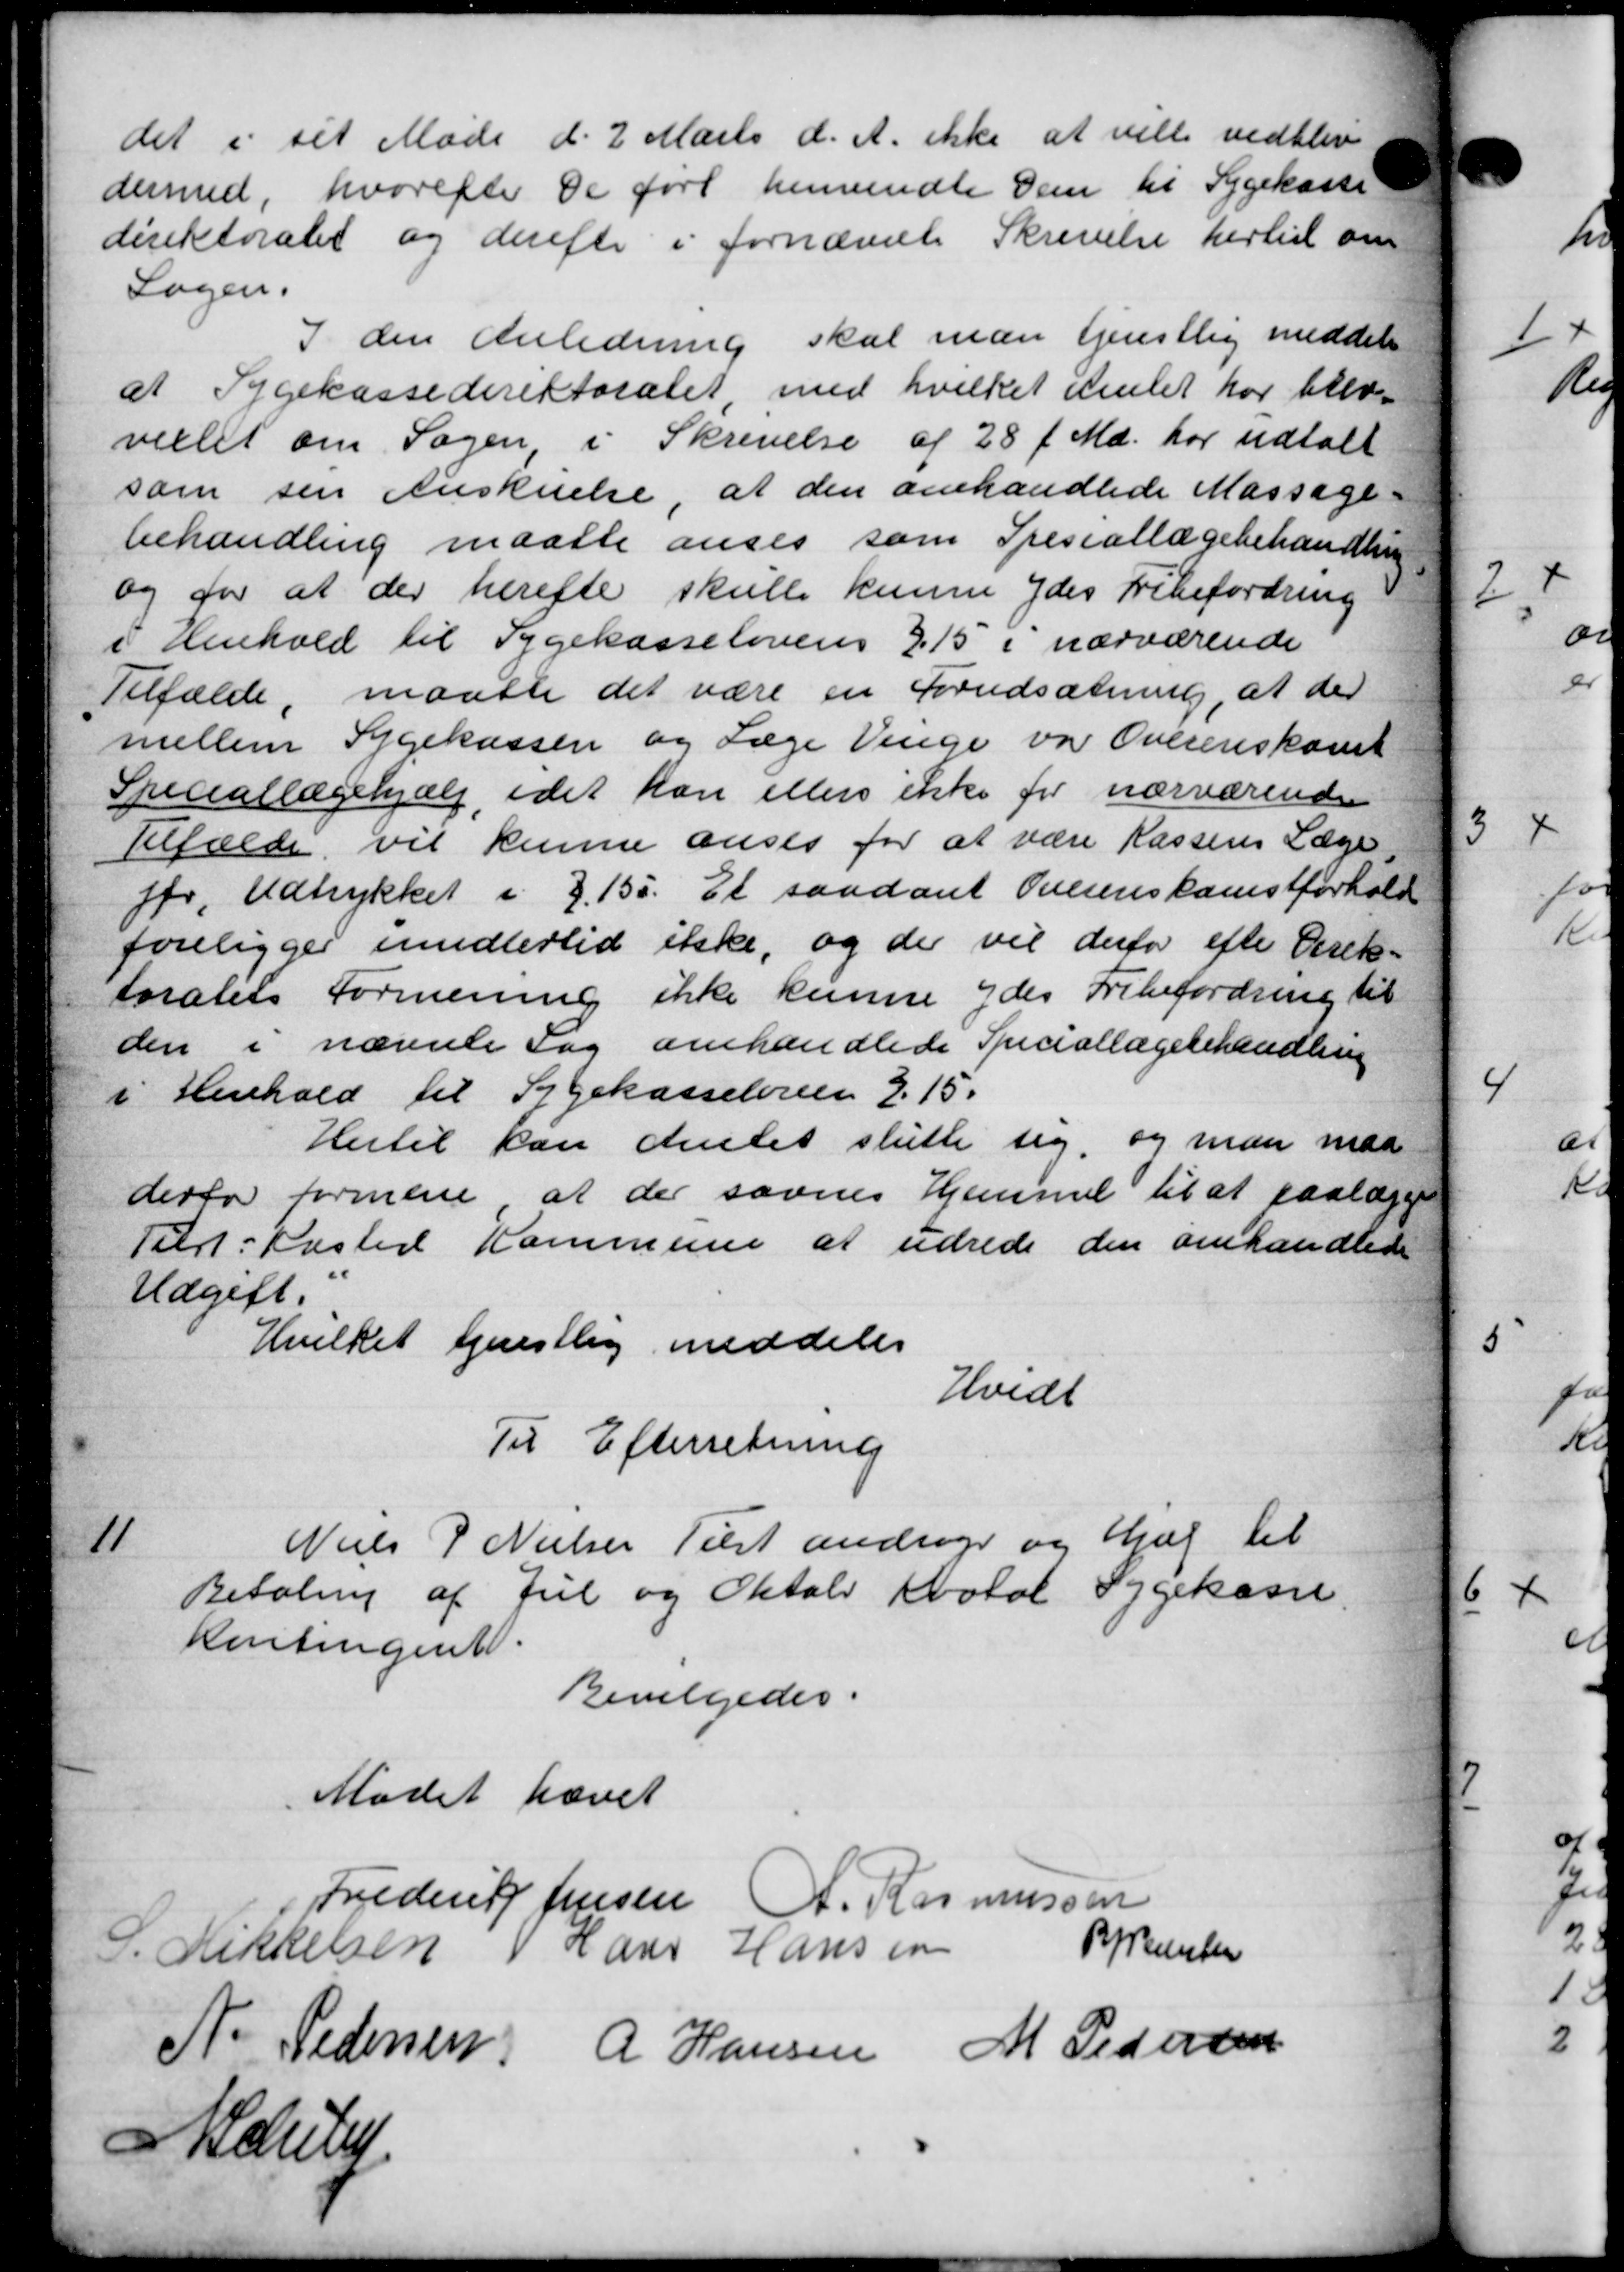
Transskription:
det i sit Møde d. 2 Marts d. A. ikke at ville vedbliv
dermed, hvorefter De føre henvendte Dem til Sygekasse
direktoratet og derefter i fornævnte Skrivelse hertil om
Sagen.
I den Anledning skal man tjenstlig meddeler
at Sygekassedirektoratet, med hvilket Amtet har blev
villet om Sagen i Skrivelse af 28 f. Md. har udtalt
som sin Anskuelse, at den omhandlede Massage-
behandling maatte anses som Spesiallægebehandling
og for at der herefte skulle kunne ydes Fribefordring
i Henhold til Sygekasselovens 215 i nærværende
Tilfælde, maatte det være en Forudsætning, at der
mellem Sygekassen og Læge Venge var Overenskomt
Speciallægehjælp, idet kan ellers ikke for nærværende
Tilfælde vil kunne anses for at være Kassens Læge
før. Udtrykket i 3.155. Et saadant Overenskomstforhold
foreligger imidlertid ikke, og der vil derfor efter Direk-
toratets Formening ikke kunne ydes Fribefordring til
den i nævnte Sag omhandlede Speciallægebehandling
i Henhold til Sygekasseloven 315.
Hertil kan Amtet slutte sig, og man med
derfor formene at der savnes Hjemmet til at paalægge
Tilst-Kasted Kommune at udrede den omhandlede
Udgift.
Hvilket tjenstlig meddeler
Hvidt
Til Efterretning

Niels P Nielsen Tilst andrager og Kul til
Betaling af Jul og Oktober total Sygekasse.
Rentingent.
Bevilgedes.
Mødet hævet
Frederik Jensen A. Rasmussen
S. ikkelsen Hans Hansen
Byrember
N. Pedersen A Hansen M Pedersen
A Schite